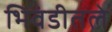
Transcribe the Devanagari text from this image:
भिवंडीतले